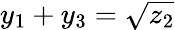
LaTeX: y_{1}+y_{3}=\sqrt{z_{2}}